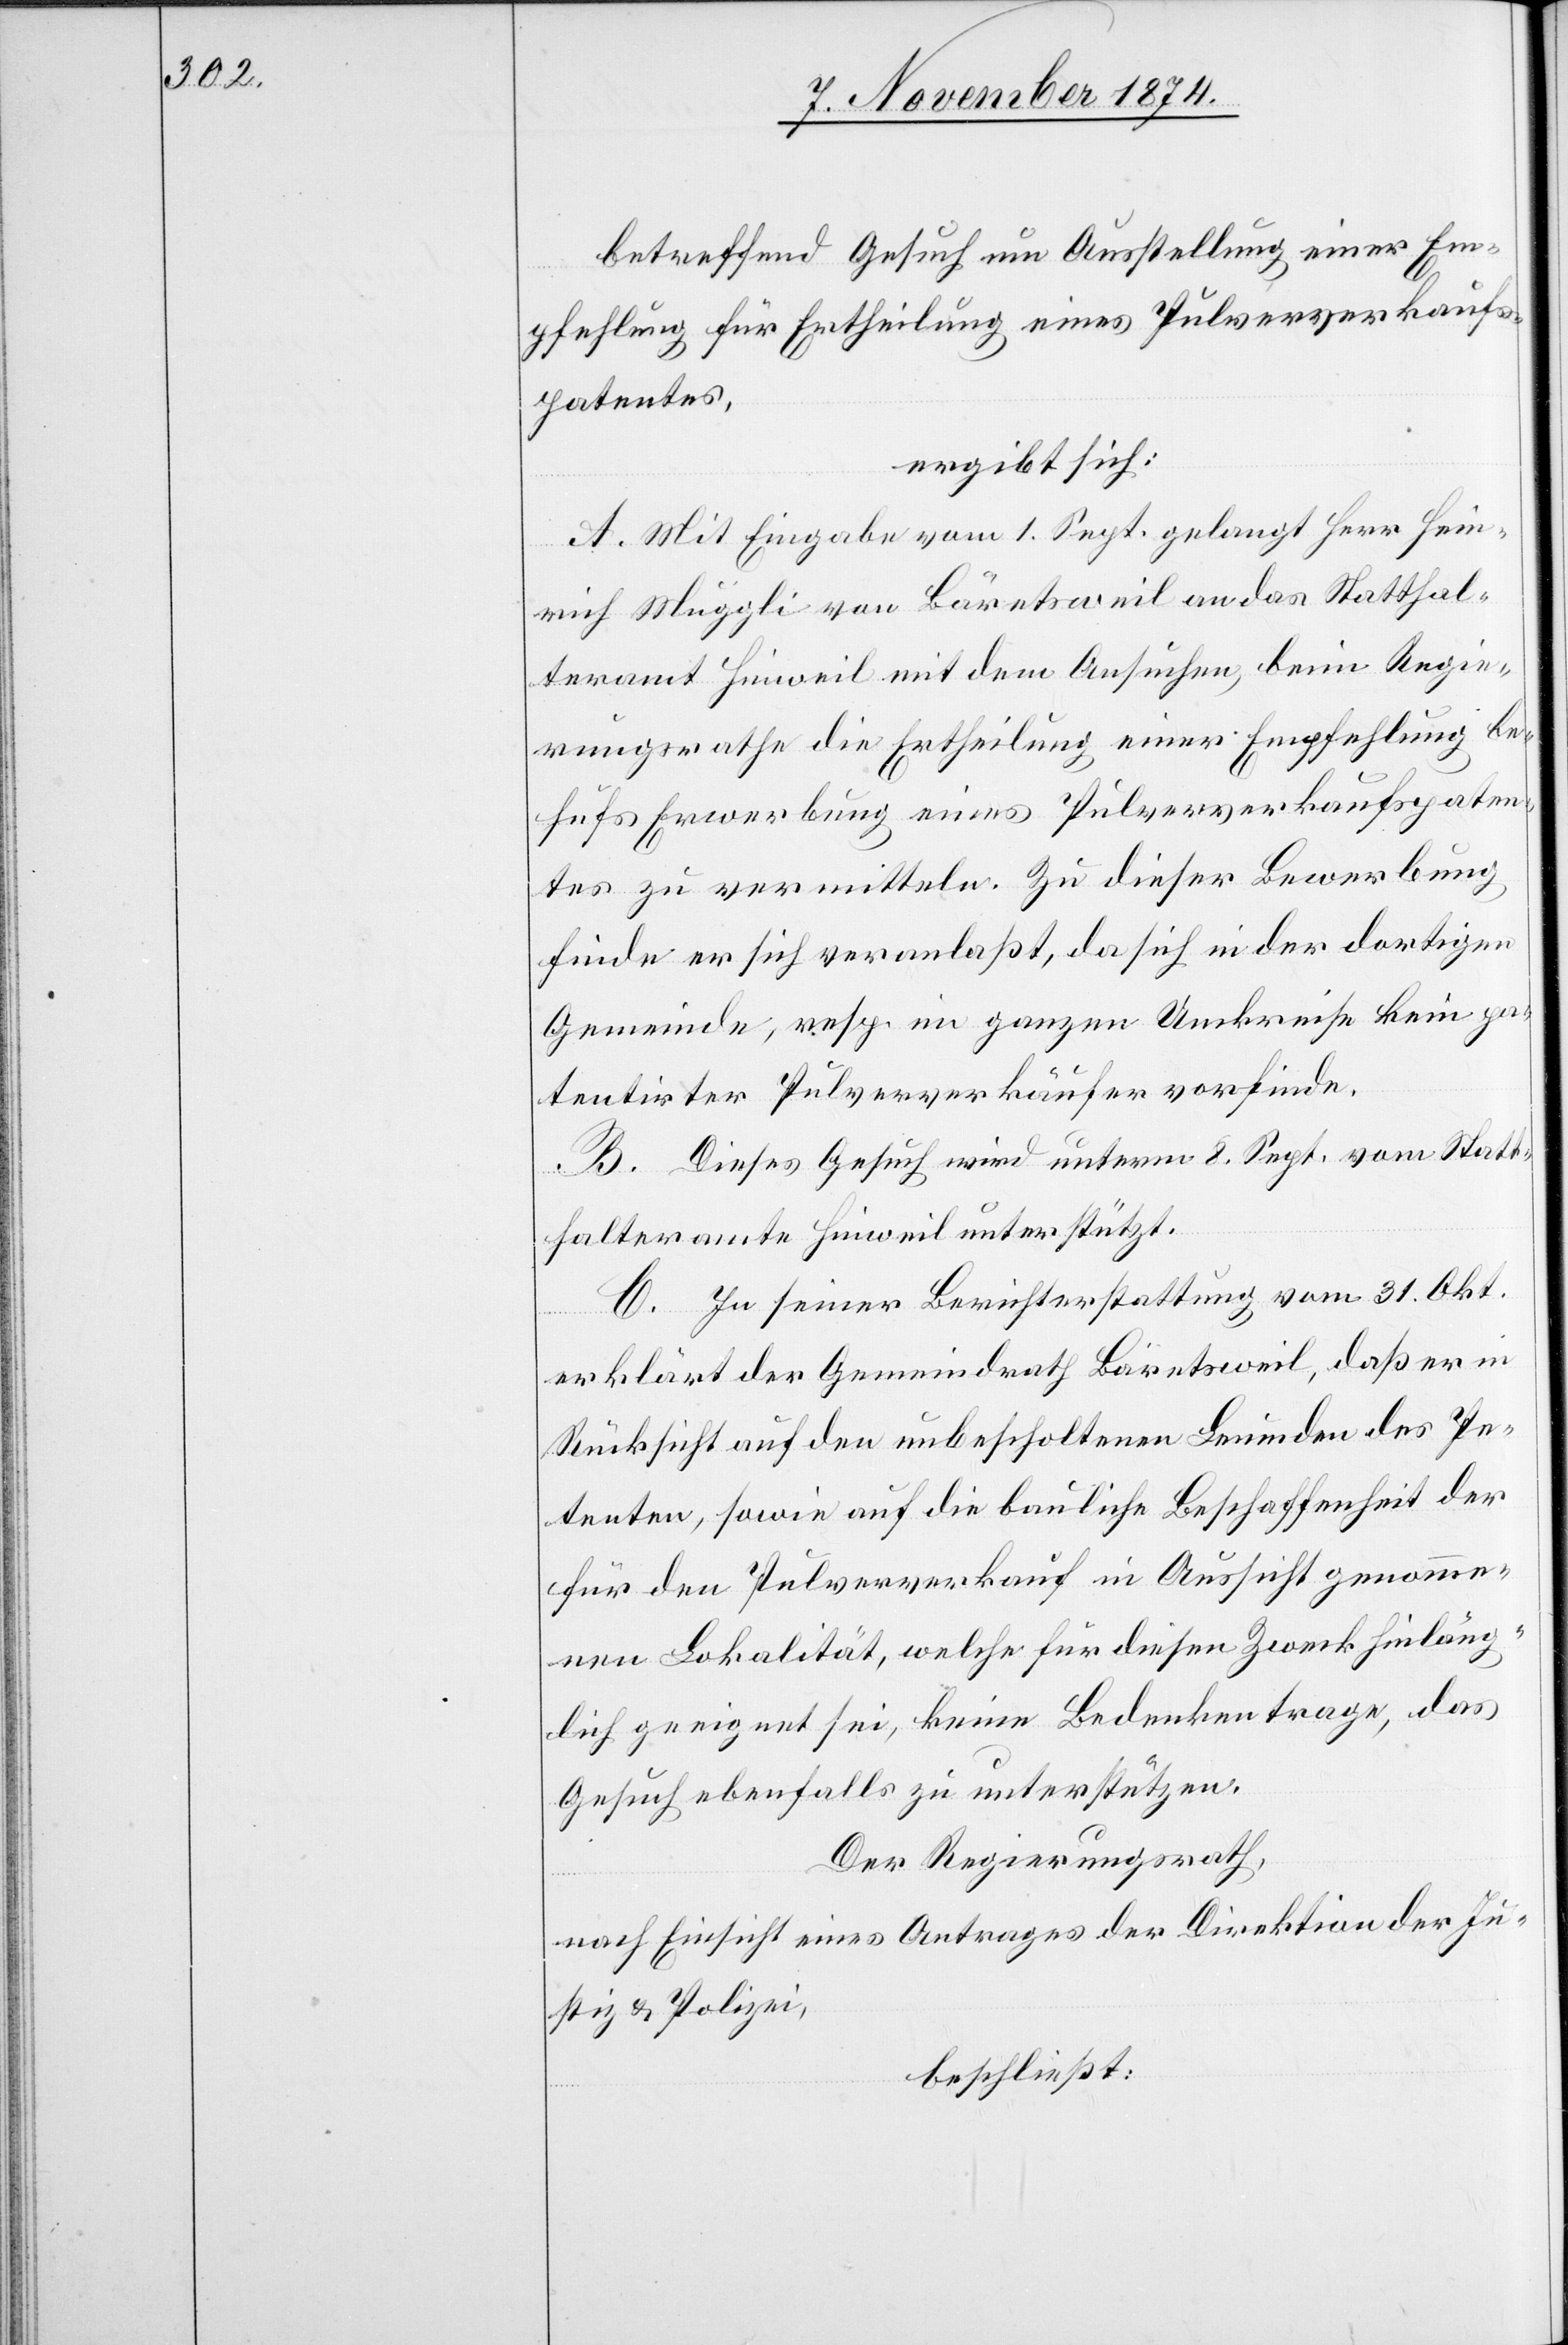
betreffend Gesuch um Ausstellung einer Em¬
pfehlung für Ertheilung eines Pulververkaufs¬
patentes,
ergibt sich:
A. Mit Eingabe vom 1. Sept. gelangt Herr Hein¬
rich Muggli von Bäretsweil an das Statthal¬
teramt Hinweil mit dem Ansuchen, beim Regie¬
rungsrathe die Ertheilung einer Empfehlung be¬
hufs Erwerbung eines Pulververkaufspaten¬
tes zu vermitteln. Zu dieser Bewerbung
finde er sich veranlaßt, da sich in der dortigen
Gemeinde, resp. im ganzen Umkreise kein pa¬
tentirter Pulververkäufer vorfinde.
B. Dieses Gesuch wird unterm 8. Sept. vom Statt¬
halteramte Hinweil unterstützt.
C. In seiner Berichterstattung vom 31. Okt.
erklärt der Gemeindrath Bäretsweil, daß er in
Rücksicht auf den unbescholtenen Leumden des Pe¬
tenten, sowie auf die bauliche Beschaffenheit der
für den Pulververkauf in Aussicht genomme¬
nen Lokalität, welche für diesen Zweck hinläng¬
lich geeignet sei, keine Bedenken trage, das
Gesuch ebenfalls zu unterstützen.
Der Regierungsrath,
nach Einsicht eines Antrages der Direktion der Ju¬
stiz & Polizei,
beschließt: